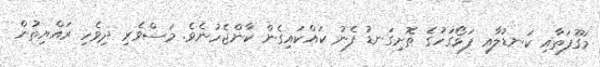
މަގޫފަތާއި ކަނޑުލާއި ފަޅޯގަހުގެ ތޮށިގަނޑު ފެނު ކައްކައިގެން ކާންޖެހުނެވެ. މަސްވެރި ދިވެހި ރައްޔިތުން